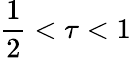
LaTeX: \frac{1}{2}<\tau<1